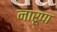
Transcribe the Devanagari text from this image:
नारूपा